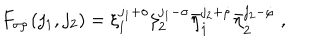
F _ { \sigma \dot { \rho } } ( j _ { 1 } , j _ { 2 } ) = \xi _ { 1 } ^ { j _ { 1 } + \sigma } \xi _ { 2 } ^ { j _ { 1 } - \sigma } \bar { \eta } _ { \dot { 1 } } ^ { j _ { 2 } + \dot { \rho } } \bar { \eta } _ { \dot { 2 } } ^ { j _ { 2 } - \dot { \rho } } \ ,